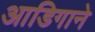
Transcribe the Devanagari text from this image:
आडिगाने